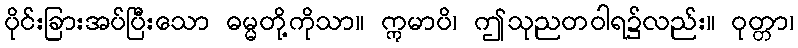
ပိုင်းခြားအပ်ပြီးသော ဓမ္မတို့ကိုသာ။ ဣမာပိ၊ ဤသုညတဝါရ၌လည်း။ ဝုတ္တာ၊